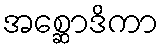
အစ္ဆောဒိကာ